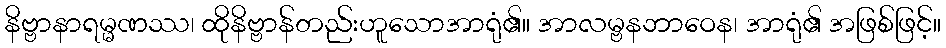
နိဗ္ဗာနာရမ္မဏဿ၊ ထိုနိဗ္ဗာန်တည်းဟူသောအာရုံ၏။ အာလမ္ဗနဘာဝေန၊ အာရုံ၏ အဖြစ်ဖြင့်။